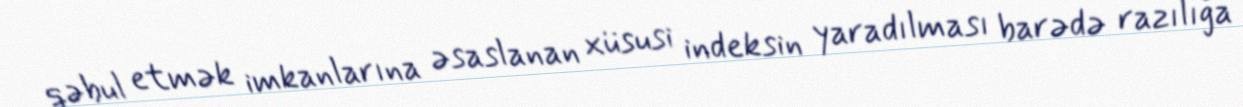
qəbul etmək imkanlarına əsaslanan xüsusi indeksin yaradılması barədə razılığa